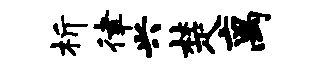
析律兴楚离